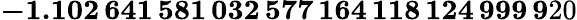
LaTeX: \mathbf{-1.102\, 641\, 581\, 032\, 577\, 164\, 118\, 124\, 999\, 9}20